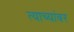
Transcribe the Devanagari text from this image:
त्याच्यांवर